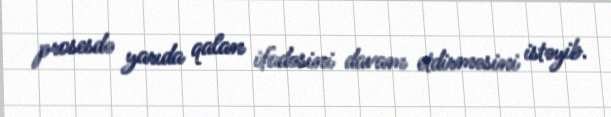
prosesdə yarıda qalan ifadəsini davam etdirməsini istəyib.